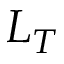
L _ { T }